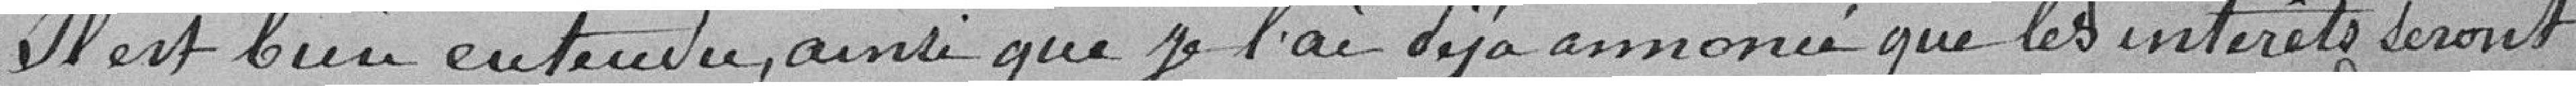
Il est bien entendu, ainsi que je l'ai déjà annoncé que les intérêts seront